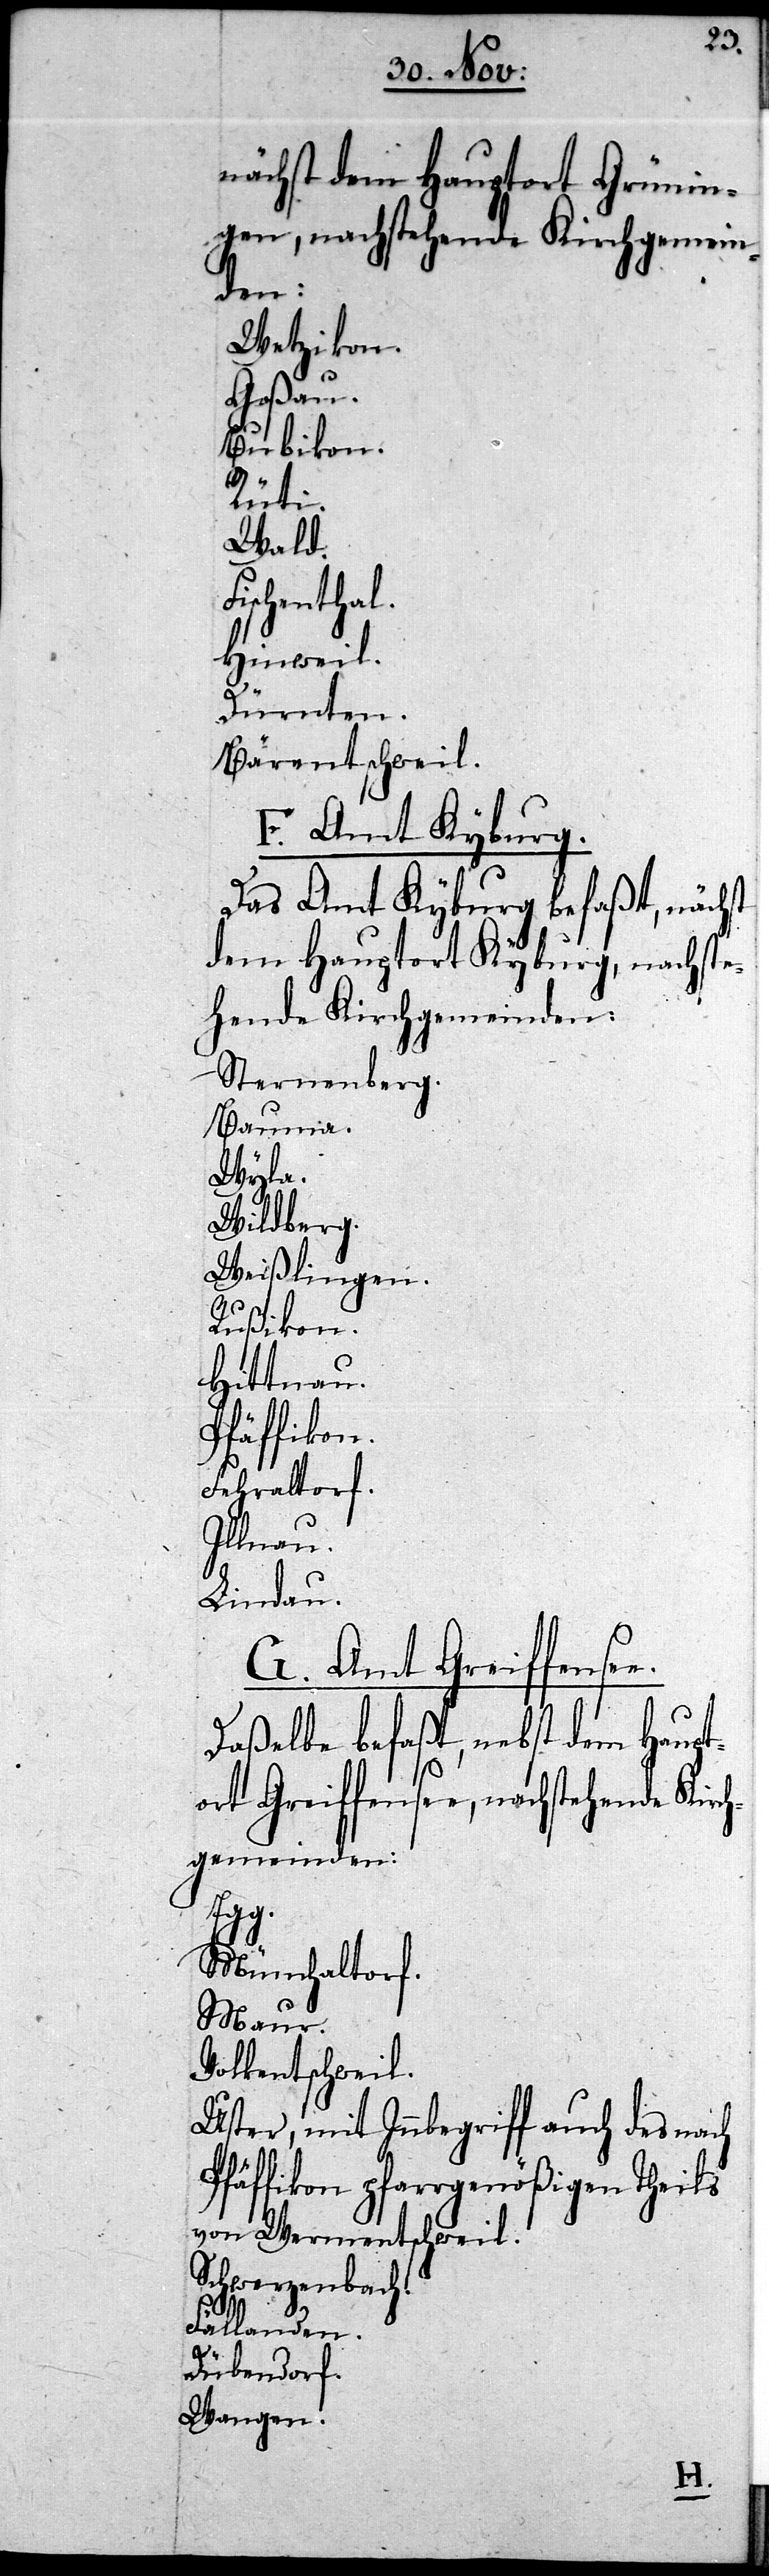
nächst dem Hauptort Grünin¬
g, nachstehende Kirchgemein¬
den:
Wetzikon.
Goßau.
Bubikon.
Rüti.
Wald.
Fischenthal.
Hinweil.
Dürnten.
Bärentschweil.
F. Amt Kyburg.
Das Amt Kyburg befaßt, nächst
dem Hauptort Kybur¬
Sternenberg.
Bauma.
Wyla.
Wildberg.
Weißlingen.
Rußikon.
Hittnau.
Pfäffikon.
Fehraltorf.
Illnau.
Lindau.
G. Amt Greiffen¬
Daßelbe befaßt, neben dem Haupt¬
ort Greiffensee, nachstehende Kir¬
chgemeinden:
Egg.
Münchaltorf.
Maur.
Volkentschweil.
Uster, mit Innbegriff auch des nach
Pfäffikon pfarrgenößigen Theils
von Wermentschweil.
Schwerzenbach.
Fällanden.
Dübendorf.
Wangen.
see.